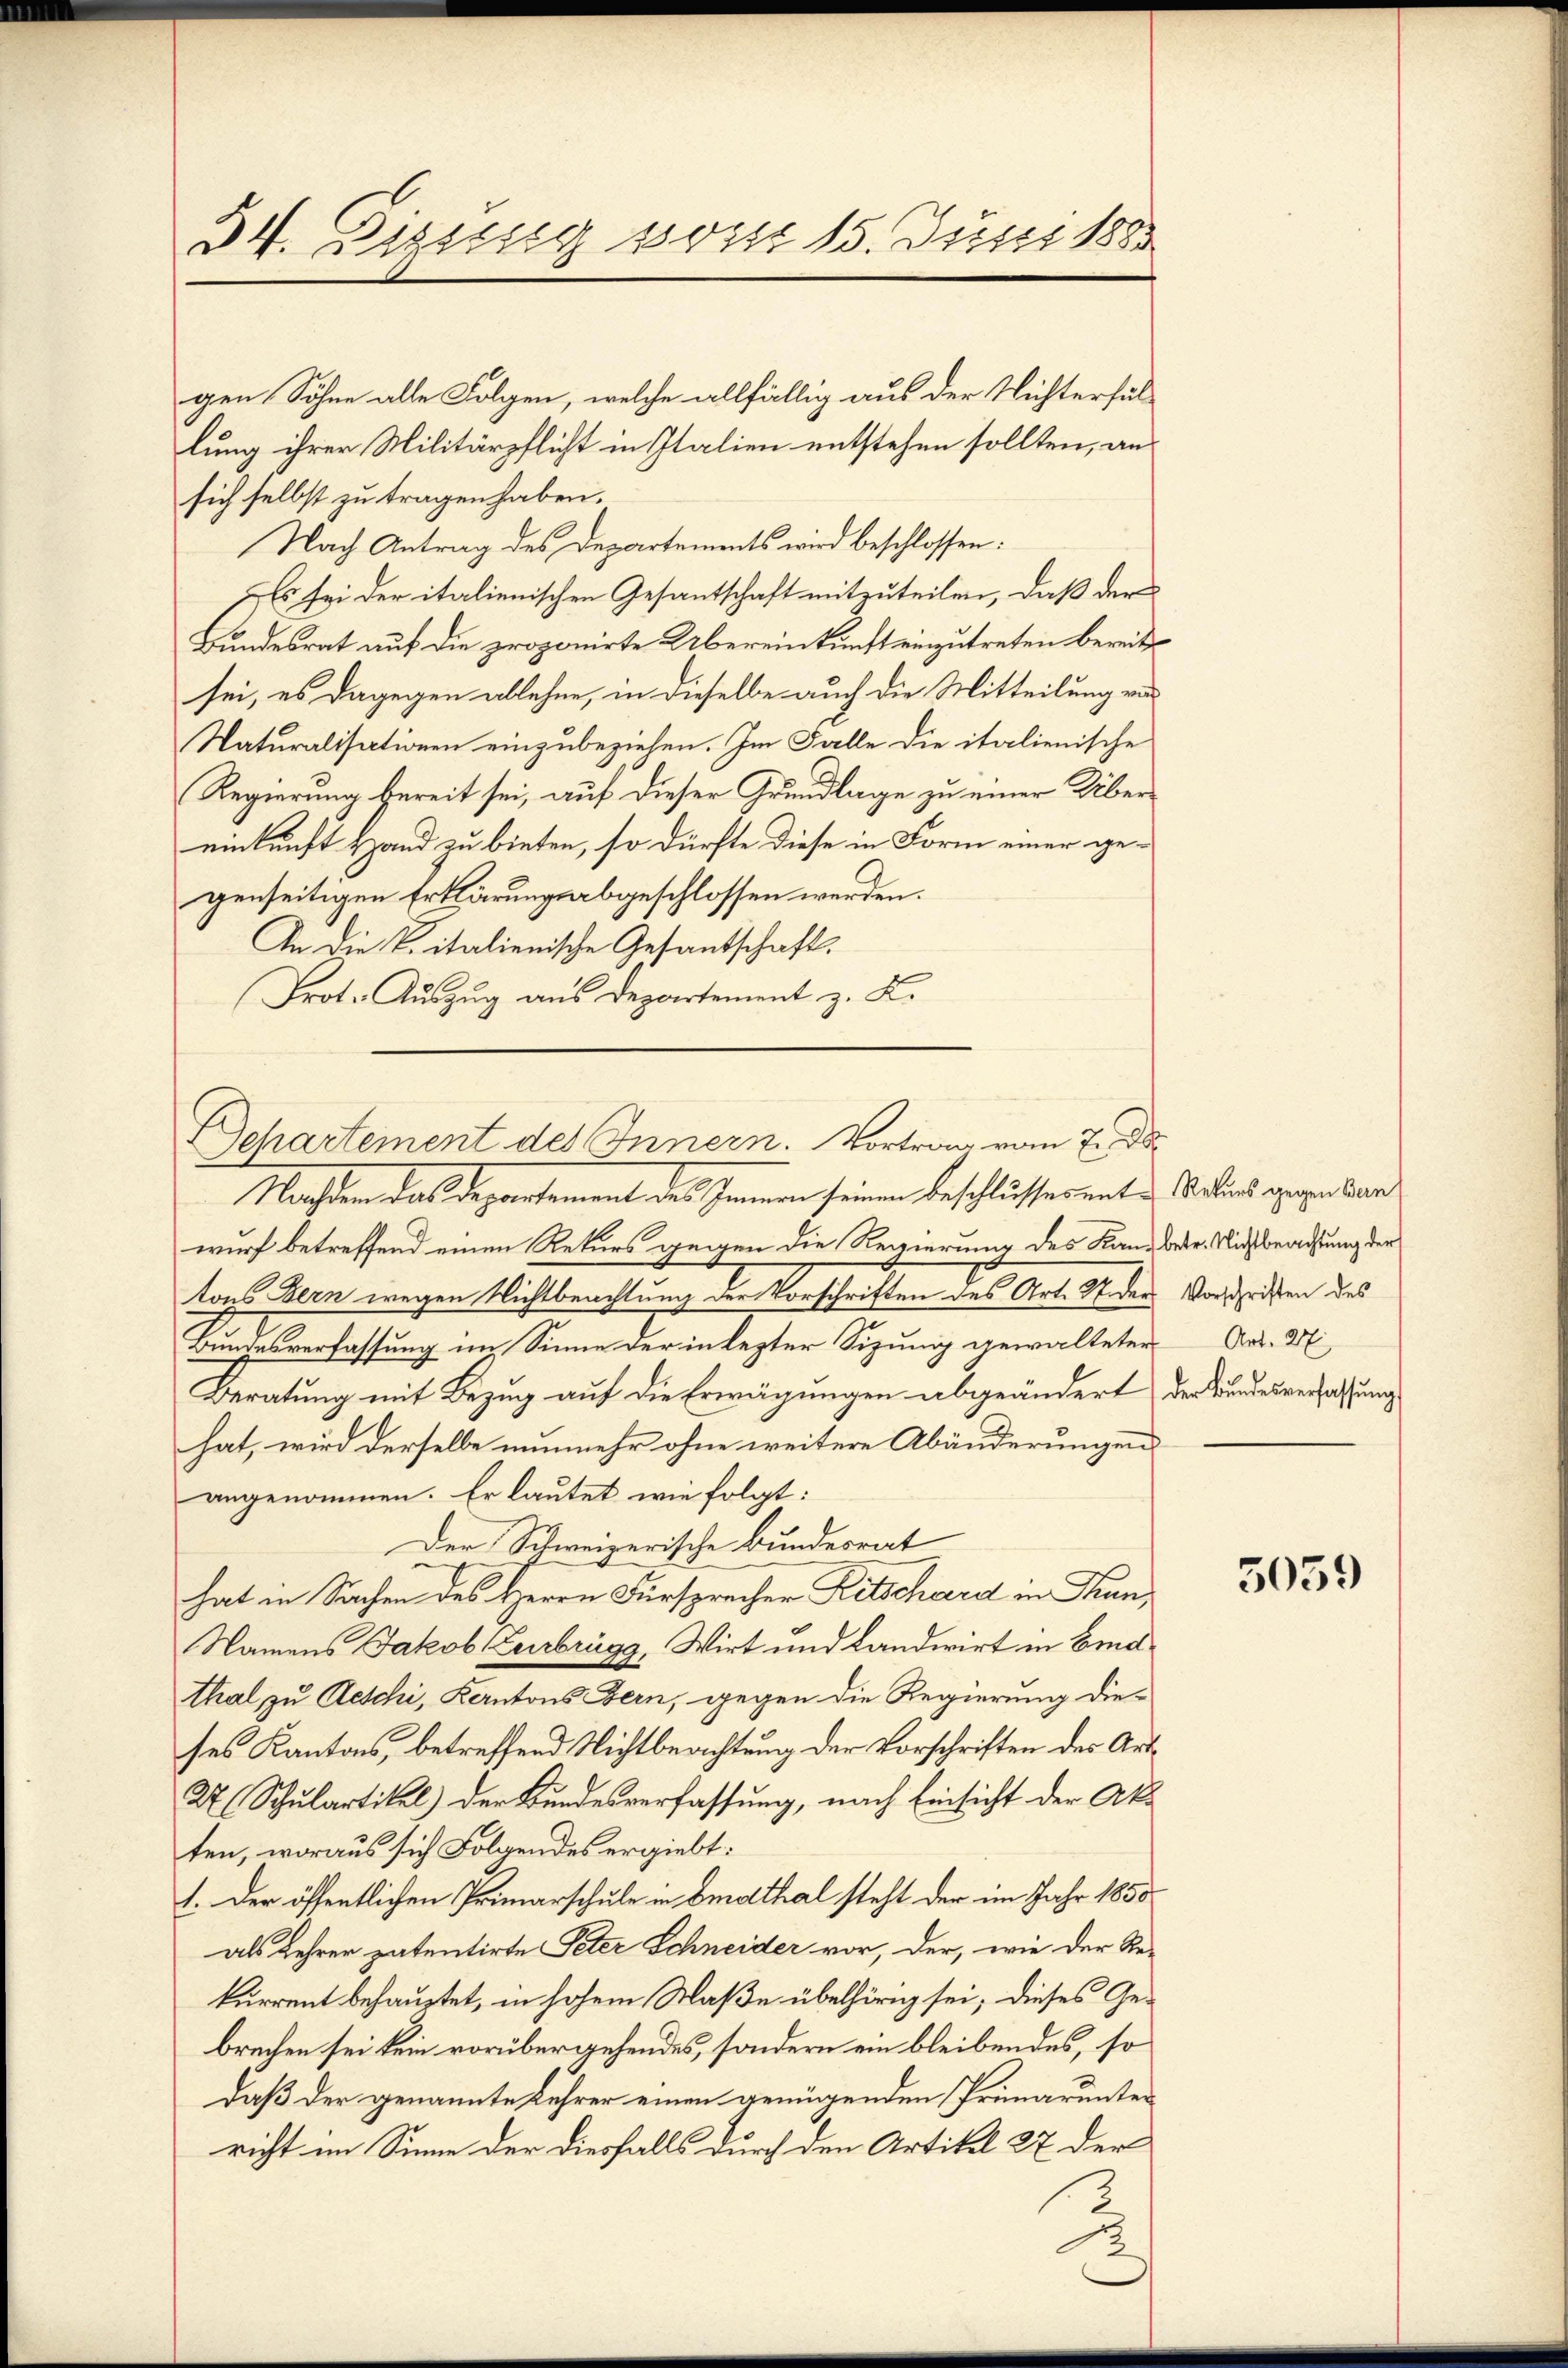
34. Dissesig vom 15. Juni 188

gen Söhne alle Folgen, welche allfällig aus der Nichterfüllung ihrer Militärpflicht in Italien entstehen sollten, an
sich selbst zu tragen haben.
Nach Antrag des Departements wird beschlossen:
Es sei der italienischen Gesantschaft mitzuteilen, daß der
Bundesrat auf die proponirte Übereinkunft einzutreten bereits
sei, es dagegen ablehne, in dieselbe auch die Mitteilung von
Naturalisationen einzubeziehen. Im Falle die italienische
Regierung bereit sei, auf dieser Grundlage zu einer Übereinkunft Hand zu bieten, so dürfte diese in Form einer gegenseitigen Erklärungs abgeschlossen werden.
An die Vitalienische Gesantschaft.
Prot. Auszug aus Departement z. B.

Departement des Innern. Vortrag vom 7. d.
Nachten das Departement des Innern seinen Beschlusserenten Seitens gegen kan

wurf betreffend einen Rekurs gegen die Regierung des Kandlete. Nichtsbrachtung der
tons Bern wegen Nichtbeachtung der Vorschriften des Art. Niders Vorschriften des
Bundesverfassung im Sinne der in lezter Sizung gewalteten Art. 47
Beratung mit Bezug auf die Erwägungen abgeändert der Kundesverfassung
hat, wird derselbe nunmehr ohne weitere Abänderungen
angenommen. Er lautet wie folgt:
Der Schweizerische Bundesrat
hat in Sachen des Herrn Fürsprecher Ritschard in Thun,
Namens Jakob Verbrügg, Wirt und Landwirt in Eidthal zu Aeschi, Kantons Bern, gegen die Regierung die-
ses Kantons, betreffend Nichtbeachtung der Vorschriften des Ant¬
2 Schulartikel) der Bundesverfassung, nach Einsicht der Akten, woraus sich Folgendes ergiebt:
1. Der öffentlichen Primarschule in Emotthal steht der im Jahr 1850
als Lehrer patentirte Peter Schneider vor, der, wie der Re-
kurrent behauptet, in hohem Maße übelhörig sei; dieses Ge-
brechen sei kein vorübergehendes, sondern ein bleibendes, so
daß der genannte Lehrer einen genügenden Primarunter
richt im Sinne der diesfalls durch den Artikel 22 der
2

5059